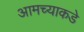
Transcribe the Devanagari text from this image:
आमच्‍याकडे